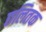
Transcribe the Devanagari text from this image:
छलितक